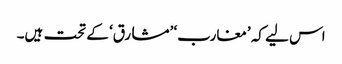
اس لیے کہ ’مغارب‘ ’مشارق‘ کے تحت ہیں۔